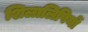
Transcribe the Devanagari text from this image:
शिलालिपियों